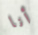
أنا